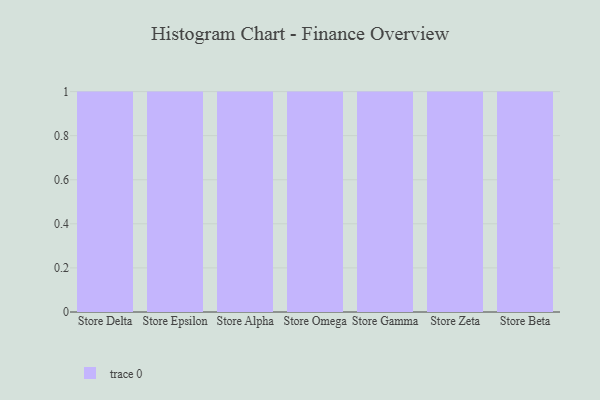
{"axis": {"x": "Store", "y": "Demand Index"}, "legend": [""], "data": [{"x": "Store Delta", "y": 87, "type": ""}, {"x": "Store Epsilon", "y": 30, "type": ""}, {"x": "Store Alpha", "y": 93, "type": ""}, {"x": "Store Omega", "y": 98, "type": ""}, {"x": "Store Gamma", "y": 53, "type": ""}, {"x": "Store Zeta", "y": 55, "type": ""}, {"x": "Store Beta", "y": 84, "type": ""}]}